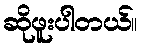
ဆိုဖူးပါတယ်။